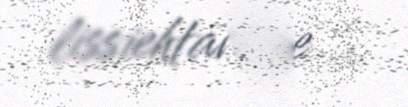
lissiehtamme